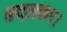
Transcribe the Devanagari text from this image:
बदलकर।